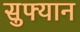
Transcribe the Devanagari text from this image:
सुफ्यान